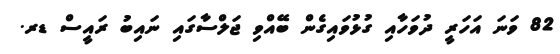
82 ވަނަ އަހަރީ ދުވަހާއި ގުޅުވައިގެން ބޭއްވި ޖަލްސާގައި ނައިބު ރައީސް ޑރ.